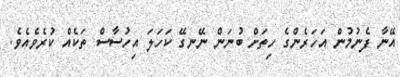
އޭނާ ފެނުމުން އަހަރެންގެ ހިތަށް ބުނަން ނޭނގޭ ކަހަލަ އިހުސާސް ތަކެއް ކުރެވެއެވެ.